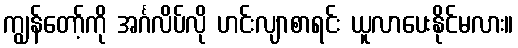
ကျွန်တော့်ကို အင်္ဂလိပ်လို ဟင်းလျာစာရင်း ယူလာပေးနိုင်မလား။